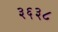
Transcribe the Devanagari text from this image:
३६३८